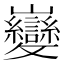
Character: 𫶦